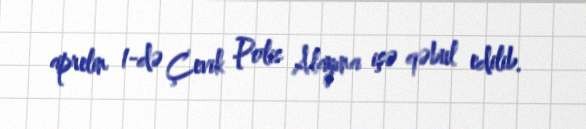
aprelin 1-də Çevik Polis Alayına işə qəbul edilib.